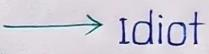
-----> Idiot